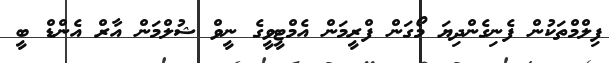
ފިލްމްތަކުން ފެނިގެންދިޔަ މޯގަން ފްރީމަން އެމްޓީވީގެ ނީވް ޝުލްމަން އާރް އެންޑް ބީ